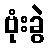
ဗုံးခွဲ